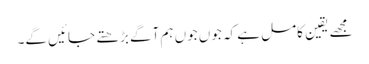
مجھے یقین کامل ہے کہ جوں جوں ہم آگے بڑھتے جائیں گے۔